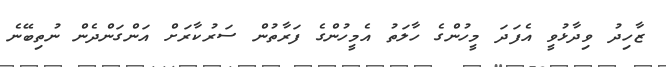
ޒާހިދު ވިދާޅުވީ އެފަދަ މީހުންގެ ހާލަތު އެމީހުންގެ ފަރާތުން ސަރުކާރަށް އަންގަންދެން ނުތިބޭނެ